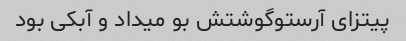
پیتزای آرستو‌گوشتش بو میداد و آبکی بود